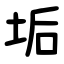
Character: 垢